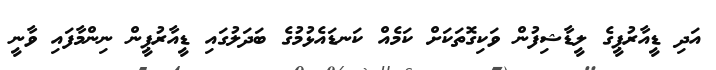
އަދި ޑީއާރުޕީގެ ލީޑާޝިފުން ވަކިގޮތަކަށް ކަމެއް ކަނޑައެޅުމުގެ ބަދަލުގައި ޑީއާރުޕީން ނިންމާފައި ވާނީ